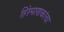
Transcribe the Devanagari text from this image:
हिरेमाणकांचा